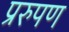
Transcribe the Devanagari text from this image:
प्ररुपण